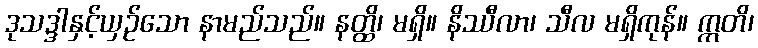
ဒုသဒ္ဒါနှင့်ယှဉ်သော နာမည်သည်။ နတ္ထိ၊ မရှိ။ နိဿီလာ၊ သီလ မရှိကုန်။ ဣတိ၊